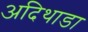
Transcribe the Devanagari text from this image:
अदिथाडा